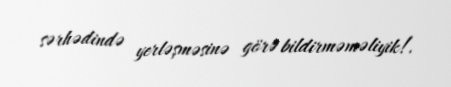
sərhədində yerləşməsinə görə bildirməməliyik!.